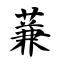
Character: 蒹